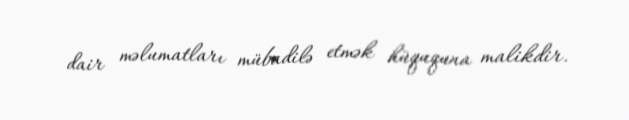
dair məlumatları mübadilə etmək hüququna malikdir.